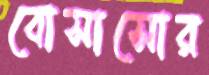
বোসাসোর